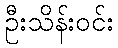
ဦးသိန်းဝင်း